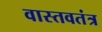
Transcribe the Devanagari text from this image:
वास्तवतंत्र